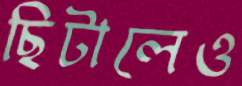
ছিটালেও